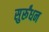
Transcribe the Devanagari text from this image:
सुर्रूंधन